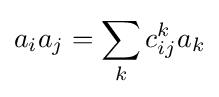
a_{i}a_{j}=\sum _{k}c_{ij}^{k}a_{k}